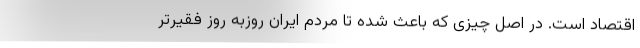
اقتصاد است. در اصل چیزی که باعث شده تا مردم ایران روزبه­ روز فقیرتر